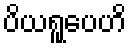
ပိယရူပေဟိ